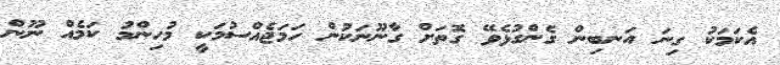
އެކަމަކު ގިނަ އަނބިން ގެންގުޅެވޭ ގޮތަށް ގާނޫނަކުން ހަމަޖެއްސުމަކީ މުހިންމު ކަމެއް ނޫން